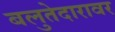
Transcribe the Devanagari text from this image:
बलुतेदारावर